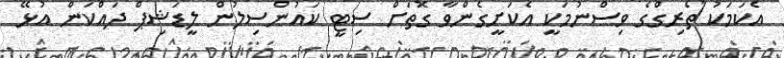
އެކަމަކު ތޯރިގްގެ ވިސްނުމަކީ އެކަށީގެންވާ ގޮތަށް ސިޓީ ކައުންސިލުން ލީޑަޝިޕް ދައްކަން އުޅޭ